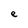
Character: e